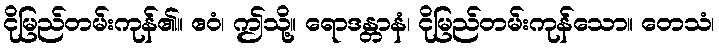
ငိုမြည်တမ်းကုန်၏။ ဧဝံ၊ ဤသို့။ ရောဒန္တာနံ၊ ငိုမြည်တမ်းကုန်သော။ တေသံ၊